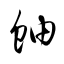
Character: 蚰